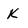
Character: K